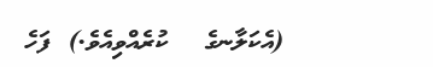
٢٣      (އެކަލާނގެ  ކުރެއްވިއެވެ.) ފަހެ